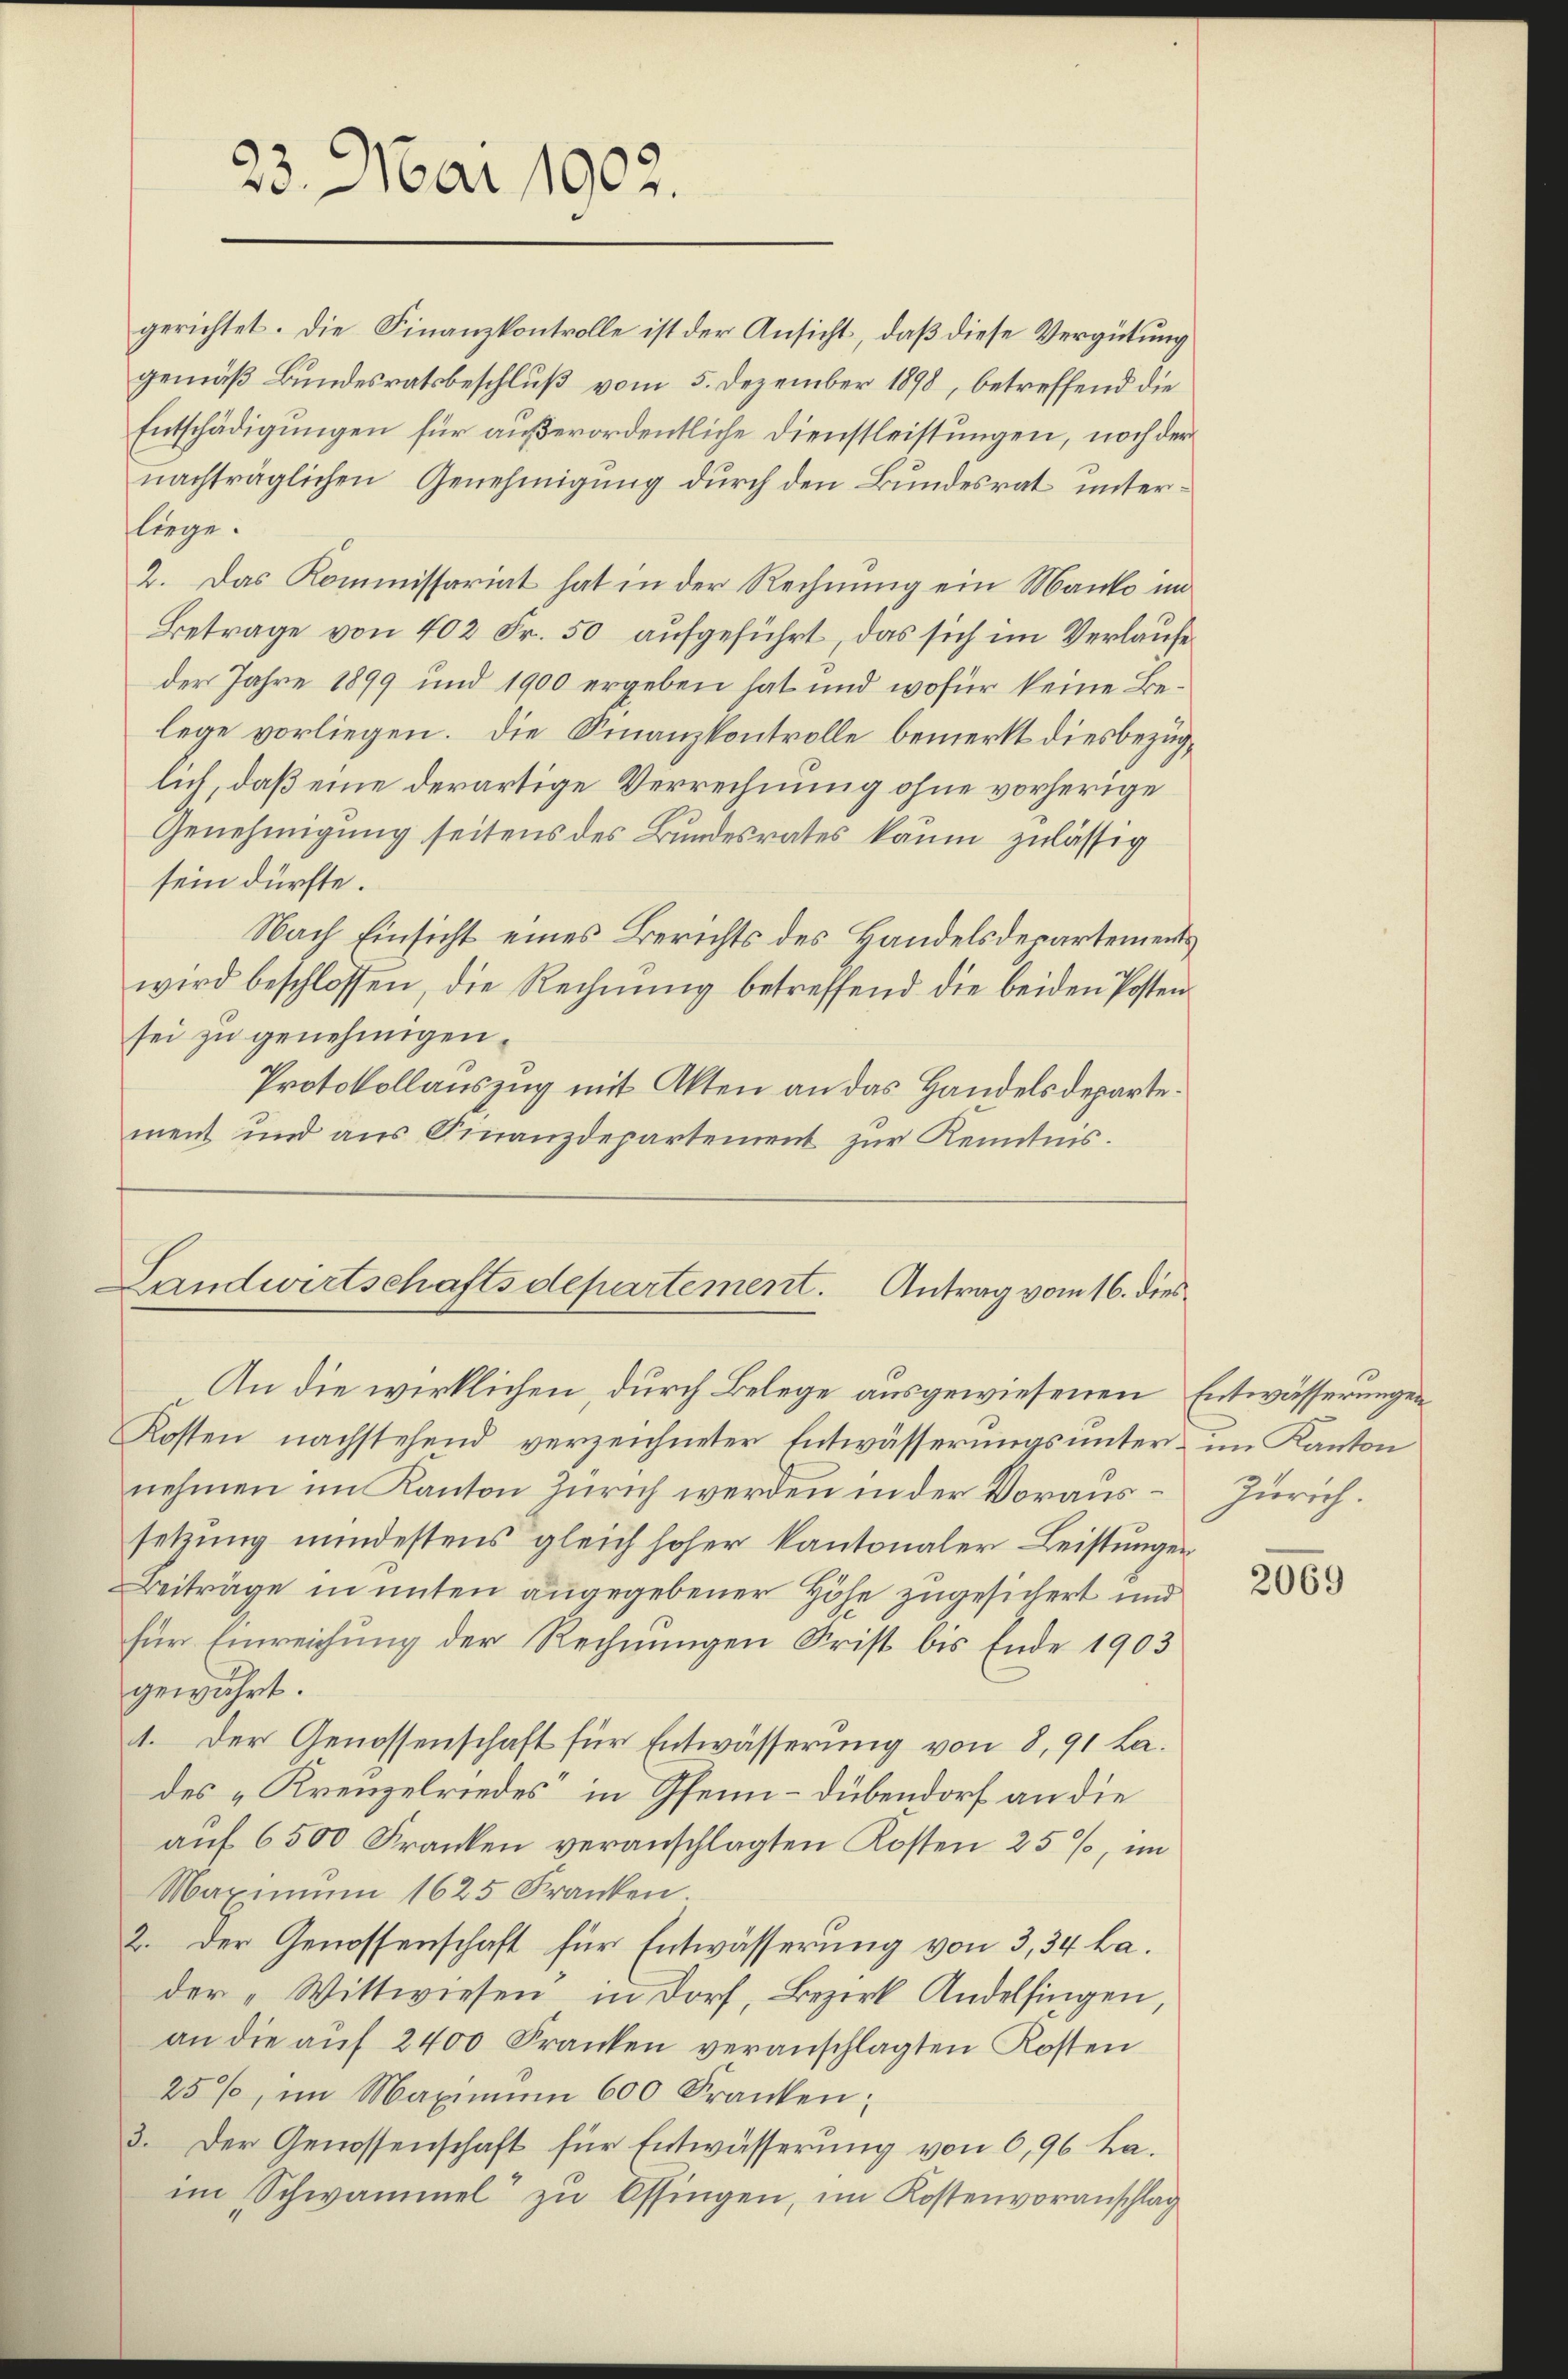
23. Mai 1902.

gerichtet. Die Finanzkontrolle ist der Ansicht, daß diese Vergütung
gemäß Bundesratsbeschluß vom 5. Dezember 1898, betreffend die
Entschädigungen für außerordentliche Dienstleistungen, noch der
nachträglichen Genehmigung durch den Bundesrat unterliege.
2. Das Kommissariat hat in der Rechnung ein Manko im
Betrage von 402 Fr. 50 aufgeführt, das sich im Verlaufe
der Jahre 1899 und 1900 ergeben hat und wofür keine Belege vorliegen. Die Finanzkontrolle bemerkt diesbezüglich, daß eine derartige Verrechnung ohne vorherige
Genehmigung seitens des Bundesrates kaum zulässig
sein dürfte.
Nach Einsicht eines Berichts des Handelsdepartements
wird beschlossen, die Rechnŭng betreffend die beiden Posten
sei zu genehmigen.
Protokollauszug mit Akten an das Handelsdepartement und aus Finanzdepartement zur Kenntnis.

Landwirtschaftsdepartement. Antrag vom 16. dies

An die wirklichen durch Belege ausgewiesenen Entwässerungen
Kosten nachstehend verzeichneter Entwässerungsunter - im Kanton
nehmen im Kanton Zürich werden in der Voraus Zürich.
setzung mindestens gleich hoher Kantonaler Leistungen
Beiträge in unten angegebener Höhe zugesichert und
für Einreichung der Rechnungen Frist bis Ende 1903
gewährt.
1. Der Genossenschaft für Entwässerung von 8, 91 Lades „Krenzelriedes, in Gfenn-Dübendorf an die
auf 6500 Franken veranschlagten Kosten 25%, im
Maximum 1625 Franken
2. Der Genossenschaft für Entwässerung von 3, 34 ha.
der „Wittwiesen in Dorf, Bezirk Andelfingen,
an die auf 2400 Franken veranschlagten Kosten
25%, im Maximŭm 600 Franken;
3. Der Genossenschaft für Entwässerung von 6,96 Ba-
im Schwammel zu Ossingen, im Kostenvoranschlag

2069